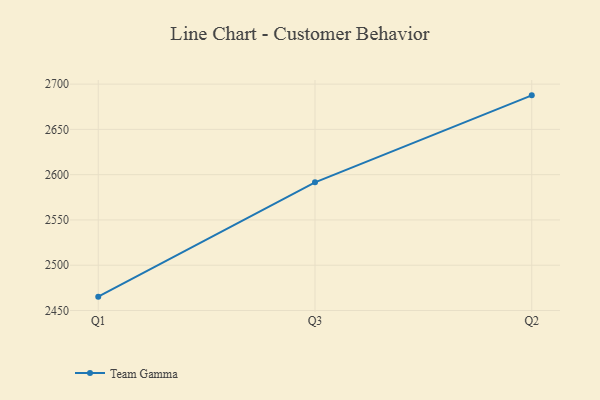
{"axis": {"x": "Quarter", "y": "Temperature (°C)"}, "legend": ["Team Gamma"], "data": [{"x": "Q1", "y": 2465.3, "type": "Team Gamma"}, {"x": "Q3", "y": 2591.5, "type": "Team Gamma"}, {"x": "Q2", "y": 2687.6, "type": "Team Gamma"}]}